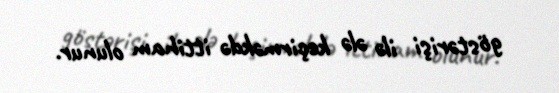
göstərişi ilə ələ keçirməkdə ittiham olunur.